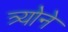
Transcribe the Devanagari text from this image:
त्र्योने